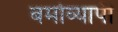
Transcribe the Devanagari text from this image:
बर्माव्यापी